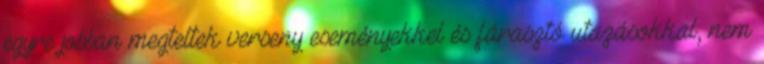
egyre jobban megteltek verseny eseményekkel és fárasztó utazásokkal, nem